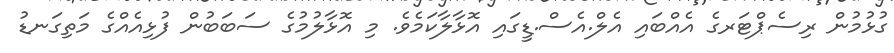
ގުޅުމުން ރިސެޕްޓަރގެ އެއްބައި އެލް.އެސް.ޑީގައި އޮޅާލާކަމެވެ. މި އޮޅާލުމުގެ ސަބަބުން ފުޅިއެއްގެ މަތިގަނޑު